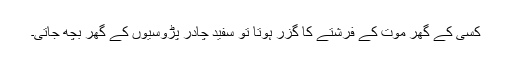
کسی کے گھر موت کے فرشتے کا گزر ہوتا تو سفید چادر پڑوسیوں کے گھر بچھ جاتی۔